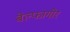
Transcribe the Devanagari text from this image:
बेल्फागोर